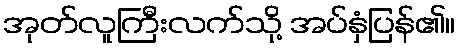
အုတ်လူကြီးလက်သို့ အပ်နှံပြန်၏။